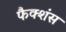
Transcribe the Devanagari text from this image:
फैक्शंस